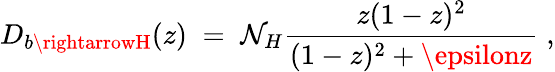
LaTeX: {D_{b\rightarrowH}(z)\; =\; \mathcal{N}_{H}{\frac{{z(1-z)^{2}}}{{(1-z)^{2}+\epsilonz}}}\; ,}